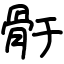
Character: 骬